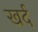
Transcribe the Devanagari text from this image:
खर्द